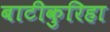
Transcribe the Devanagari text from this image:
बाटीकुरिहा